Destruction of fleas by exposure to the sun - Number 40
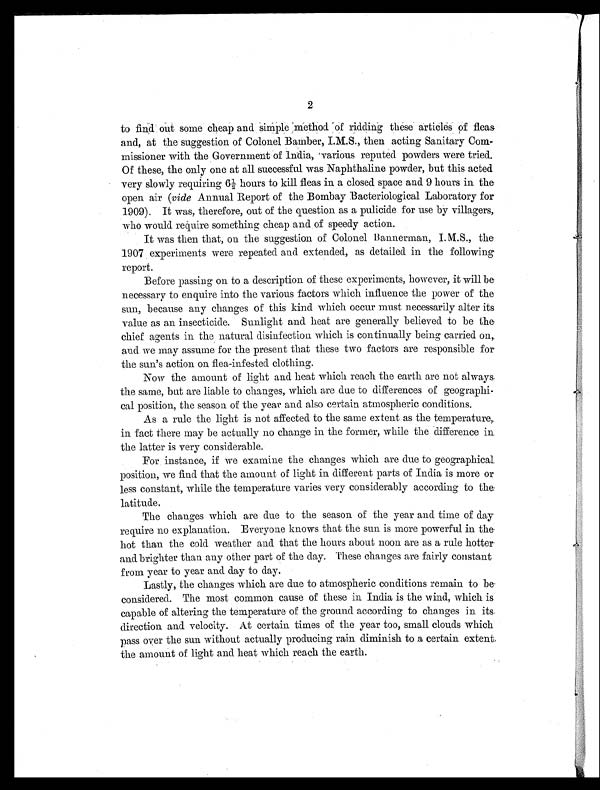
2
to find out some cheap and simple method of ridding these articles of fleas
and, at the suggestion of Colonel Bamber,I.M.S., then acting SanitaryCom-
missioner with the Government of India, various reputed powders were tried.
Of these, the only one at all successful was Naphthaline powder, but this acted
very slowly requiring 6½ hours to kill fleas in a closed space and 9 hours in the
open air (vide Annual Report of the Bombay Bacteriological Laboratory for
1909). It was, therefore, out of the question as a pulicide for use by villagers,
who would require something cheap and of speedy action.
It was then that, on the suggestion of Colonel Bannerman, I.M.S., the
1907 experiments were repeated and extended, as detailed in the following
report.
Before passing on to a description of these experiments, however, it will be
necessary to enquire into the various factors which influence the power of the
sun, because any changes of this kind which occur must necessarily alter its
value as an insecticide. Sunlight and heat are generally believed to be the
chief agents in the natural disinfection which is continually being carried on,
and we may assume for the present that these two factors are responsible for
the sun's action on flea-infested clothing.
Now the amount of light and heat which reach the earth are not always
the same, but are liable to changes, which are due to differences of geographi-
cal position, the season of the year and also certain atmospheric conditions.
As a rule the light is not affected to the same extent as the temperature,
in fact there may be actually no change in the former, while the difference in
the latter is very considerable.
For instance, if we examine the changes which are due to geographical
position, we find that the amount of light in different parts of India is more or
less constant, while the temperature varies very considerably according to the
latitude,
The changes which are due to the season of the year and time of day
require no explanation. Everyone knows that the sun is more powerful in the
hot than the cold weather and that the hours about noon are as a rule hotter
and brighter than any other part of the day. These changes are fairly constant
from year to year and day to day.
Lastly, the changes which are due to atmospheric conditions remain to be
considered. The most common cause of these in India is the wind, which is
capable of altering the temperature of the ground according to changes in its.
direction and velocity. At certain times of the year too, small clouds which
pass over the sun without actually producing rain diminish to a certain extent,
the amount of light and heat which reach the earth.